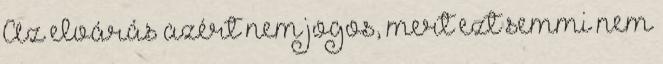
Az elvárás azért nem jogos, mert ezt semmi nem